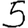
Digit: 5